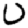
Digit: 0